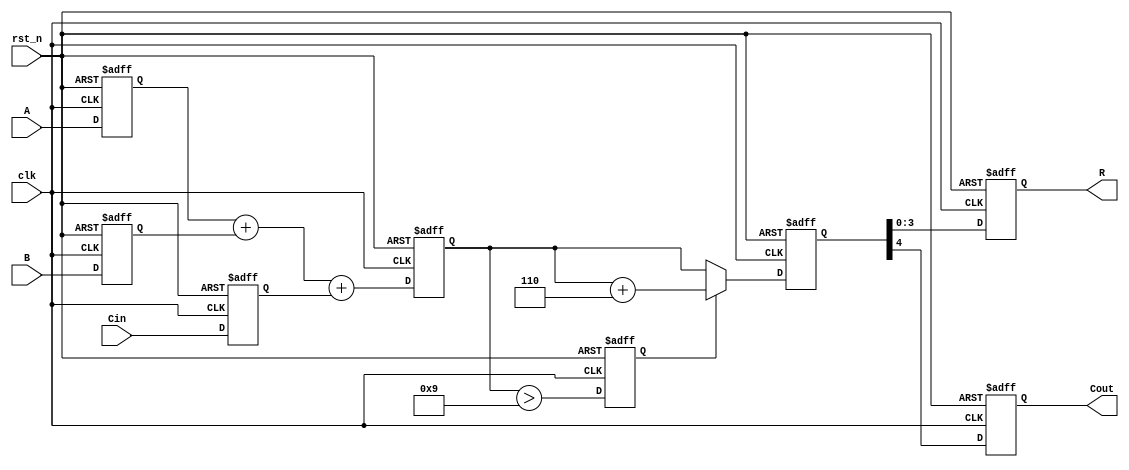
module BCD_Pipelined_Adder (
    input wire clk,
    input wire rst_n,
    input wire [3:0] A,
    input wire [3:0] B,
    input wire Cin,
    output reg [3:0] R,
    output reg Cout
);

    // Intermediate signals
    reg [4:0] sum;        // 5-bit sum to accommodate A + B + Cin
    reg [4:0] corrected_sum;
    reg correction_needed;

    // Pipeline registers
    reg [3:0] A_reg, B_reg;
    reg Cin_reg;
    reg [4:0] sum_reg;
    reg correction_needed_reg;

    // Input stage: register inputs
    always @(posedge clk or negedge rst_n) begin
        if (!rst_n) begin
            A_reg <= 4'b0000;
            B_reg <= 4'b0000;
            Cin_reg <= 1'b0;
        end else begin
            A_reg <= A;
            B_reg <= B;
            Cin_reg <= Cin;
        end
    end

    // Adder stage: compute binary sum
    always @(posedge clk or negedge rst_n) begin
        if (!rst_n) begin
            sum_reg <= 5'b00000;
        end else begin
            sum_reg <= A_reg + B_reg + Cin_reg;
        end
    end

    // Correction stage: check for BCD correction
    always @(posedge clk or negedge rst_n) begin
        if (!rst_n) begin
            correction_needed_reg <= 1'b0;
            corrected_sum <= 5'b00000;
        end else begin
            // Check if correction is needed (sum > 9)
            correction_needed_reg <= (sum_reg > 5'b01001); // 9 in binary
            if (correction_needed_reg) begin
                corrected_sum <= sum_reg + 5'b00110; // add 6 to correct
            end else begin
                corrected_sum <= sum_reg;
            end
        end
    end

    // Output stage: register final result
    always @(posedge clk or negedge rst_n) begin
        if (!rst_n) begin
            R <= 4'b0000;
            Cout <= 1'b0;
        end else begin
            R <= corrected_sum[3:0]; // Take lower 4 bits as BCD result
            Cout <= corrected_sum[4]; // Carry out if 5th bit is set
        end
    end

endmodule